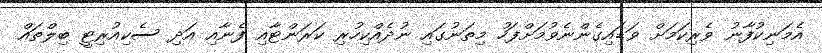
އެމަނިކުފާނު ވެރިކަމަށް ވަޑައިގެންނެވުމަށްފަހު މިތަނުގައި ނުދެއްކިހުރި ކަރަންޓާއި ފެނާއި އަދި ސެކިއުރިޓީ ބިލްތައް